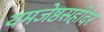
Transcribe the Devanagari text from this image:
यमजेष्ठसहोदर